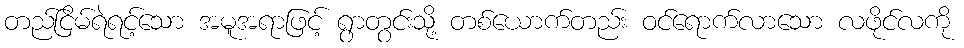
တည်ငြိမ်ရဲရင့်သော အမူအရာဖြင့် ရွာတွင်းသို့ တစ်ယောက်တည်း ဝင်ရောက်လာသော လဖိုင်လကို